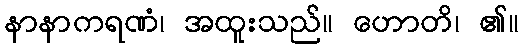
နာနာကရဏံ၊ အထူးသည်။ ဟောတိ၊ ၏။